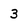
Character: 3